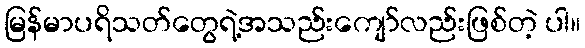
မြန်မာပရိသတ်တွေရဲ့အသည်းကျော်လည်းဖြစ်တဲ့ ပါ။